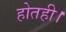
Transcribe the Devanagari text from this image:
होतही।